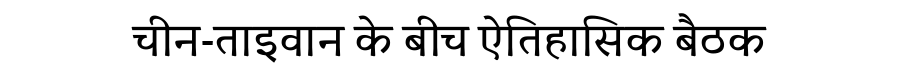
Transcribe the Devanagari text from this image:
चीन-ताइवान के बीच ऐतिहासिक बैठक